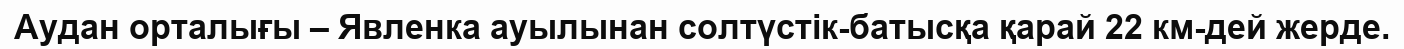
Аудан орталығы – Явленка ауылынан солтүстік-батысқа қарай 22 км-дей жерде.